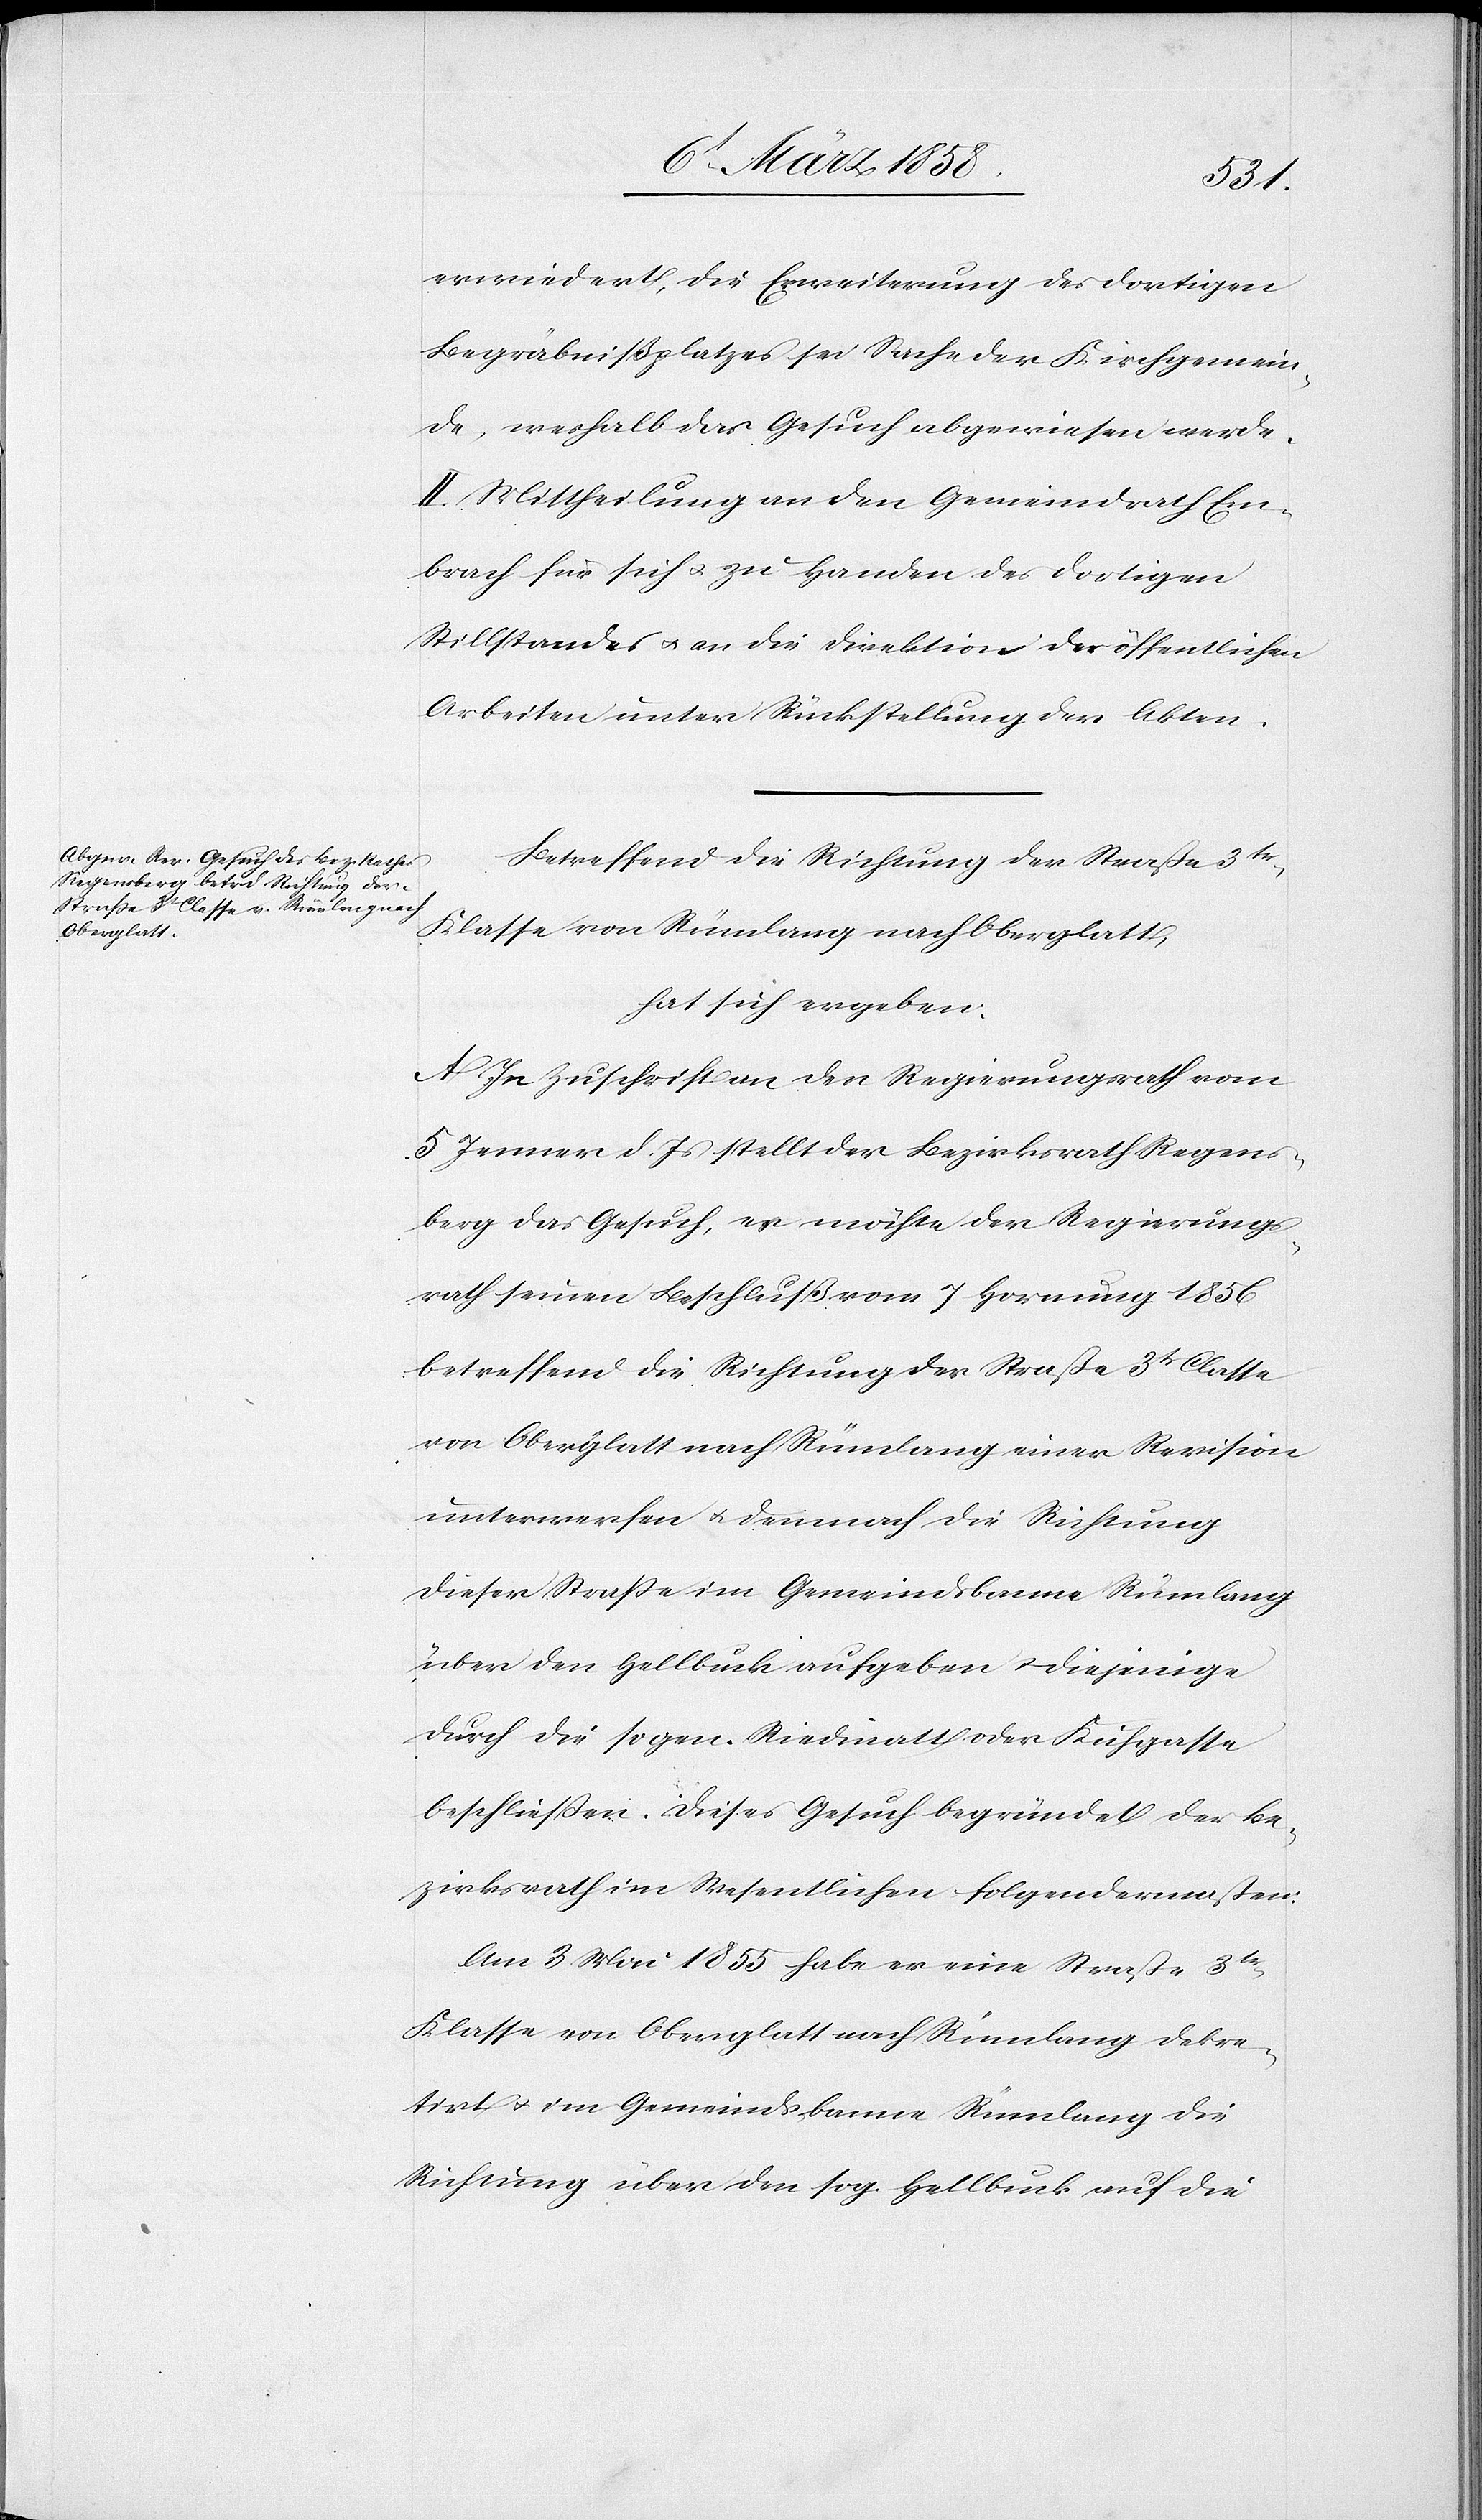
erwiedert, die Erweiterung des dortigen
Begräbnißplatzes sei Sache der Kirchgemein¬
de, weshalb das Gesuch abgewiesen werde.
II. Mittheilung an den Gemeindrath Em¬
brach für sich u. zu Handen des dortigen
Stilltandes u. an die Direktion der öffentlichen
Arbeiten unter Rückstellung der Akten.
Betreffend die Richtung der Straße 3te
Klasse von Rümlang nach Oberglatt,
hat sich ergeben:
A. In Zuschrift an den Regierungsrath vom
5. Jenner d. Js. stellt der Bezirksrath Regens¬
berg das Gesuch, es möchte der Regierungs¬
rath seinen Beschluß vom 7. Hornung 1856
betreffend die Richtung der Straße 3t Classe
von Oberglatt nach Rümlang einer Revision
unterwerfen u. demnach die Richtung
dieser Straße im Gemeindsbanne Rümlang
über den Hellbuck aufheben u. diejenige
durch die sogen. Riedmatt oder Kuhgasse
beschließen. Dieses Gesuch begründet der Be¬
zirksrath im Wesentlichen folgendermaßen:
Am 3. Mai 1855 habe er eine Straße 3te
Klasse von Oberglatt nach Rümlang dekre¬
tirt u. im Gemeindsbanne Rümlang die
Richtung über den sog. Hellbuck auf die